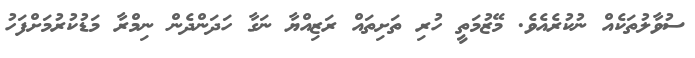
ސުވާލުތަކެއް ނުކުރެއެވެ. މޭޒުމަތީ ހުރި ތަށިތައް ރަޒިއްޔާ ނަގާ ހަދަންދެން ނިމްރާ މަޑުކުރުމަށްފަހު